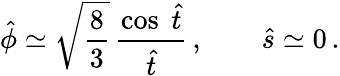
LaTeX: {\hat{\phi}}\simeq\sqrt{\frac{8}{3}}\, \frac{\cos\; {\hat{t}}}{{\hat{t}}}\, ,\qquad{\hat{s}}\simeq 0\, .